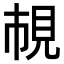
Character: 𧠎